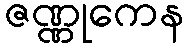
ဇဏ္ဏုကေန